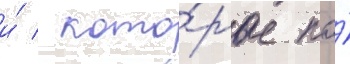
и́ / кото́рые по́